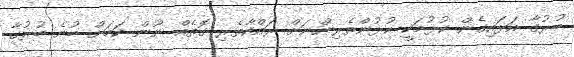
ބުރުގާ އަޅައިގެން ކުޅުމަކީ ކުޅުންތެރިންނަށް ރައްކާތެރި ގޮތެއް ނޫން ކަމަށް ބުނެ ބުރުގާ